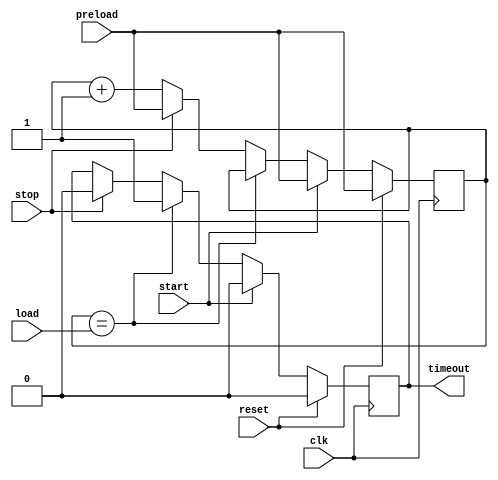
// Design:

// Code your design here

module timer_programmable_atmega32 (
  input clk,
  input reset,
  input start,
  input stop,
  input [31:0] load,
  input [31:0] preload,
  output reg timeout
);

reg [31:0] counter;

  always @(negedge clk) begin
  if (reset) begin
    counter <= preload;
    timeout <= 1'b0;
  end else begin
    if (start) begin
      counter <= preload;
      timeout <= 1'b0;
    end else if (counter == load) begin
      timeout <= 1'b1;
    end else if (stop) begin
      counter <= preload;
      timeout <= 1'b0;
    end else begin
      counter <= counter + 1'b1;
    end
  end
end

endmodule

// ------------------------------------------------------------- //

// Testbench

// Code your testbench here
// or browse Examples

module timer_programmable_atmega32_tb;

reg clk;
reg reset;
reg start;
reg stop;
wire timeout;
reg [31:0] load;
reg [31:0] preload;

timer_programmable_atmega32 uut (
  .clk(clk),
  .reset(reset),
  .start(start),
  .stop(stop),
  .load(load),
  .preload(preload),
  .timeout(timeout)
);

initial begin
  $dumpfile("dump.vcd"); 
  $dumpvars;
  clk = 0;
  reset = 1;
  start = 0;
  stop = 0;
  load = 32'hFFFF_FFFF;
  preload = 32'h0000_0000;
  #10 reset = 0;
  #100 start = 1;
  #100 start = 0;
  #100 stop = 1;
  #100 stop = 0;
  #100 $finish;
end

always #5 clk = ~clk;

endmodule